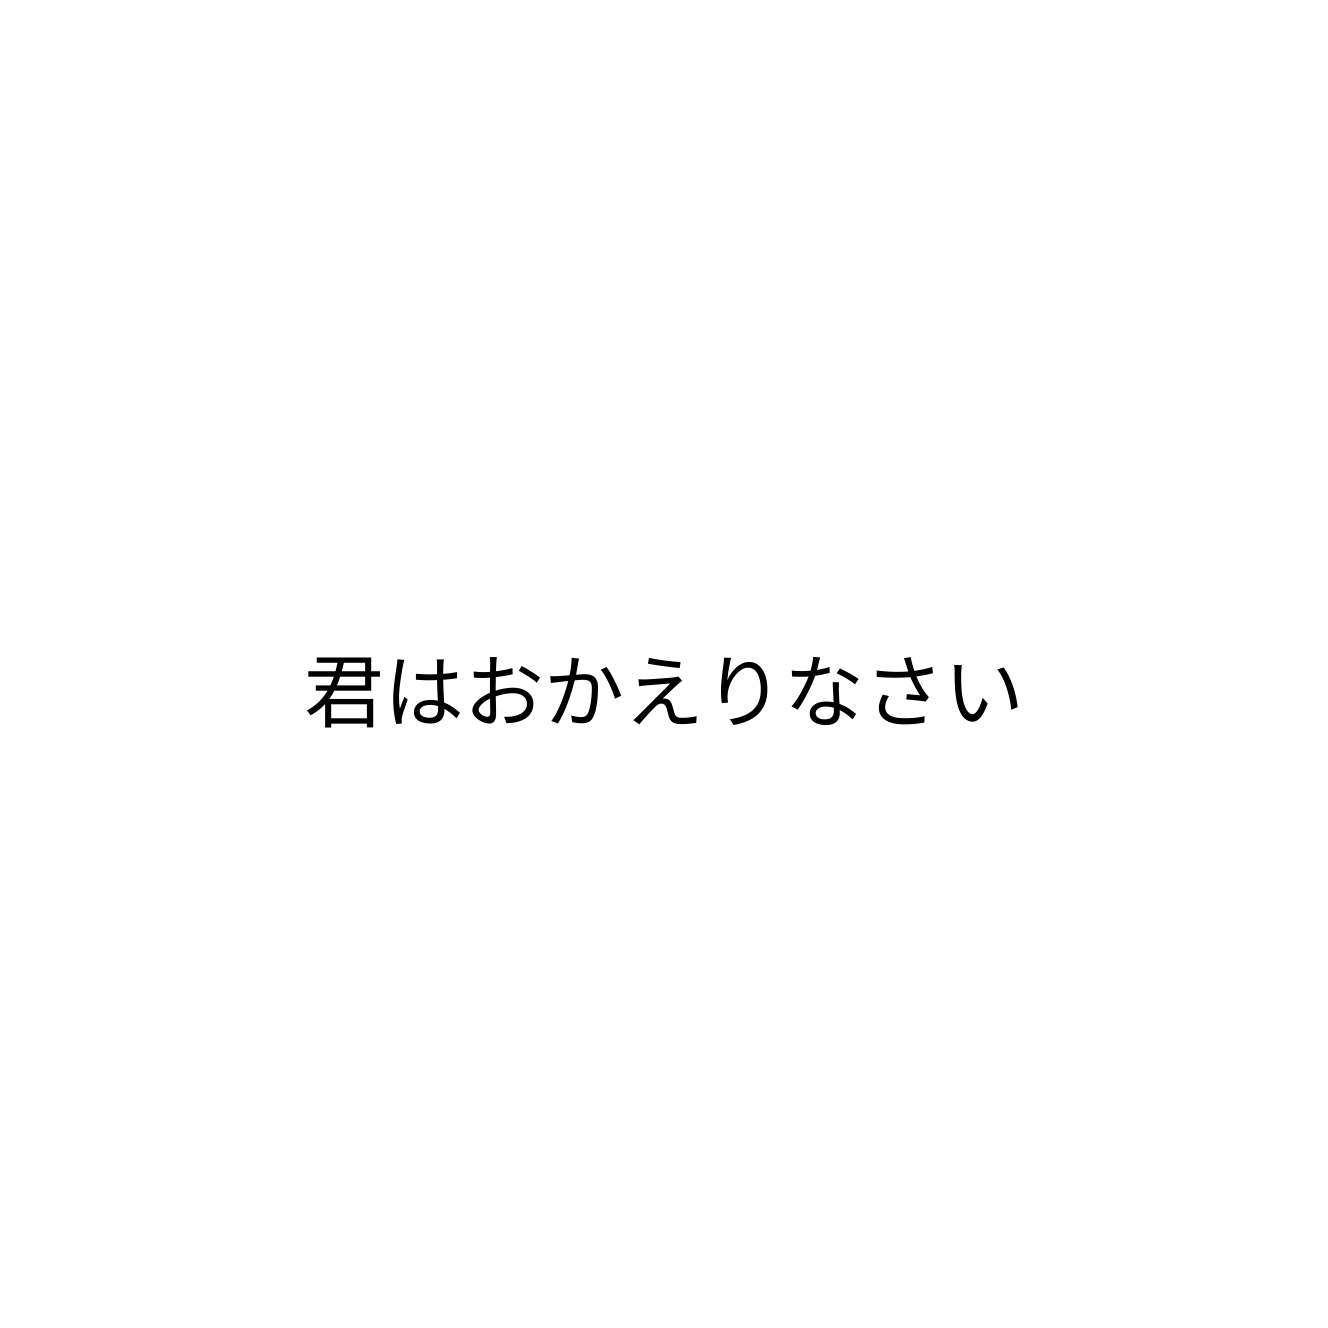
君はおかえりなさい